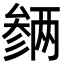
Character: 𪠡